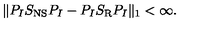
\| P _ { I } S _ { \mathrm { N S } } P _ { I } - P _ { I } S _ { \mathrm { R } } P _ { I } \| _ { 1 } < \infty .